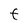
Character: F